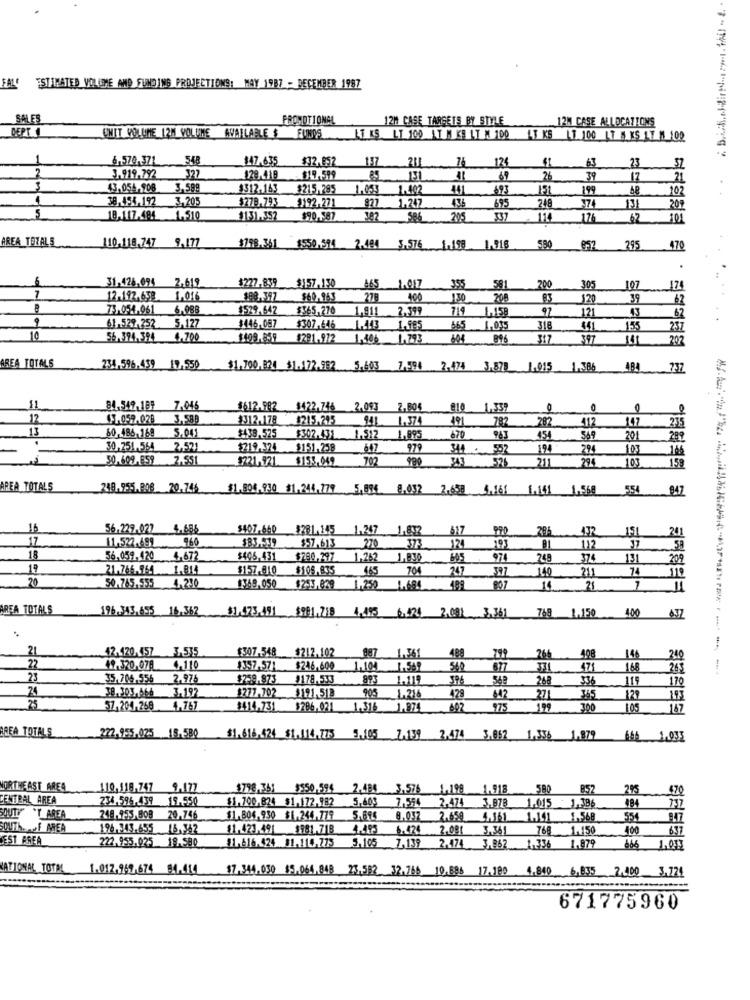
FALE
ESTIMATED VOR (ME AND FUNDING PROJECTIONS: MAY 1987 - DECEMBER 1987
SALES
PROMOTIONAL
12M CASE TARGETS BY STYLE
12M CASE ALLOCATIONS
DEPTKI
MIT VOLUME 12M VOLUME AVAILABLE $ FUNDS
17 KS LT 100 AT M KE LT M 100
AT KS 17 100 LT M KS 17 M 100
6,570,371
548
147.635
137
231
12
63
23
2
$32,052
3.919.792
327
128,418
$19.599
8.5
131
69
26
39
17
21
3
43,054,908
3.589
$512.163
$215.285
1.055
11402
441
693
199
102
4
8.494,192 3,205
$278.793
3192.271
1.247
248
374
827
595
13/
209
5
18,117.494 1.510
$131. 352
$90.587
382
205
176
62
AREA TOZALS
10.118.747 9,177
$798.361 1550.594 2.484
052 395 470
.
5
31.426.074 2,619
$227.859 $157.130
465
355
581
200
305
107
174
7
12-192.658 1.016
$98.397
$60,963
278
400
1.30
200
120
39
73.054.061
6.988
$529.642
$365.270
1.811
2,399
1,158
97
121
43
-62
61.529.252
5.12
$446.087
$307,646
1.443
1.995
665
1.015
318
441
155
237
10
56.394.394
4.700
1409,859
$291,972
1.106
1.793
896
317
397
AREA TOTALS
234,596.439 19.550 $1.700,824 $1.172.952 5.603 7.594 2.474 3.878 1.015 1.386
484 737
11
84.549,189
7.045
$612.982 $422.746
2,093
2,804
e10
1.339
0
0
45,059.028
3.588
$312.178 #215.295
941
1.374
491
782
282
412
235
60,486.169
5.001
$438.57.5
$302.431
1.512
1.895
670
963
454
569
201
289
30,251,564
2.521
$219.324 $151.258
647
979
194
294
103
-
50.609,6.59
$221,921. $155,049
702
211
294
103
159
AREA TOTALS
238.955.BAS 20.746
$1304,930 $1,244,279 581 8.032 25 161 1.161 1.568 554 847
16
56.229.027 4.686
$407.640
$281.145
1.247
1,89
617
. 432
201
17
11.522.499
960
270
373
37
$57.613
124
193
112
.58
18
56,059.420
4,672
$405.431
$790.797
1.262
1,830
605
974
248
374
131
209
19
21.766.964
$157.810
$106.835
465
704
247
397
140
211
74
20
4.230
50.765.555
369,050
$253.029 1,250 1.684
807
14
21
11
AREA TOTALS
196 343.655 16.362
A.37
42,420,457
3,535
$307.548 $212.102
887
1.36
488
266
146
240
22
49.320,078
4,110
$357.571
$246,600
1,10
560
471
168
265
23
35.706.556
2.976
$259,873
9178,533
893
1.119
268
119
24
38.303,466
3.192
1277,702
905
3191,513
1.216
429
42
271
120
113
25
37,204.268
4.767
$14.731
$286,021
1.316
607
975
199
300
SEBES
147
AREA TOTALS
272,955,025 15.580
S1.616,424 81.514,75 5.195 7199 747. 5052. 1 954. 1979
666 1.035
NORTHEAST AREA
110,118.747 9,177
$798,361 $550,595
3.576
1,199
1.918
SBO
B52
215
CENTBAL AREA
234.596.439 19.550
$1.700,824 $1,172,982
5.603
7.554
2.474
3.878
1.015
084
SOUTY TAREA
249,955 BOB
20,746
$1.804.950 $1.244.779
5.69
8.037
2.65€
4.561
1.568
SOUTheaof AREA
196,343.655
15, 342
$1,423.491 $981.718
4.495
6.424
2,031
3.361
768
1.150
400
EST AREA
222.955.025 18.580
31.616.424 31.114.775
5.105 7,139
2,474 3.962
1.336
1.879
666 1,038
ATIONAL TOTAL
1.012,959,674 4.4114
$7.344.030 $5.064.848 23.582 32.766 10.686 17.180
4.840 6,835 7,000
3,724
671775960